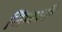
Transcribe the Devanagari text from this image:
सिम्बर्स्क